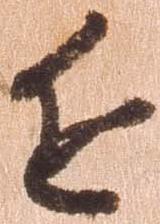
近